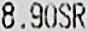
8.90SR